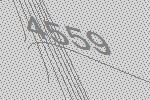
4559